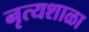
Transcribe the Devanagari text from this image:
नृत्यशाळा